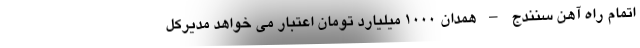
اتمام راه آهن سنندج – همدان 1000 میلیارد تومان اعتبار می خواهد مدیرکل